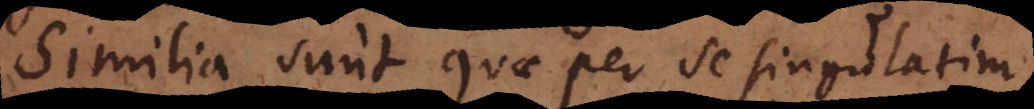
Similia sunt quae per se singulatim